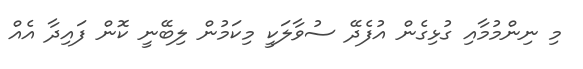
މި ނިންމުމާއި ގުޅިގެން އުފެދޭ ސުވާލަކީ މިކަމުން ލިބޭނީ ކޮން ފައިދާ އެއް